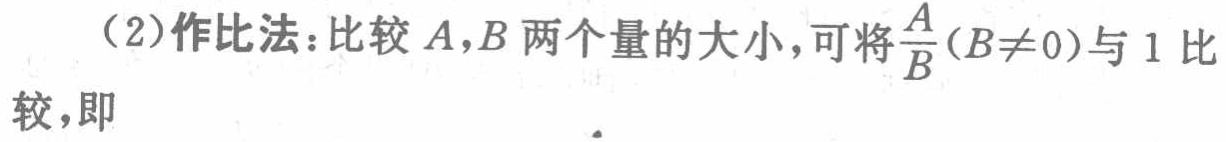
（2）作比法：比较\(A,B\)两个量的大小，可将\(\frac{A}{B}(B\neq0)\)与 \(1\)比较，即